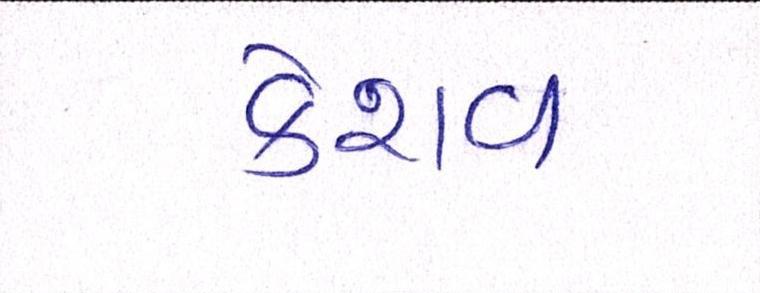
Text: કેશવ